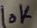
Text: 10K